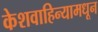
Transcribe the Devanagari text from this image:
केशवाहिन्यामधून